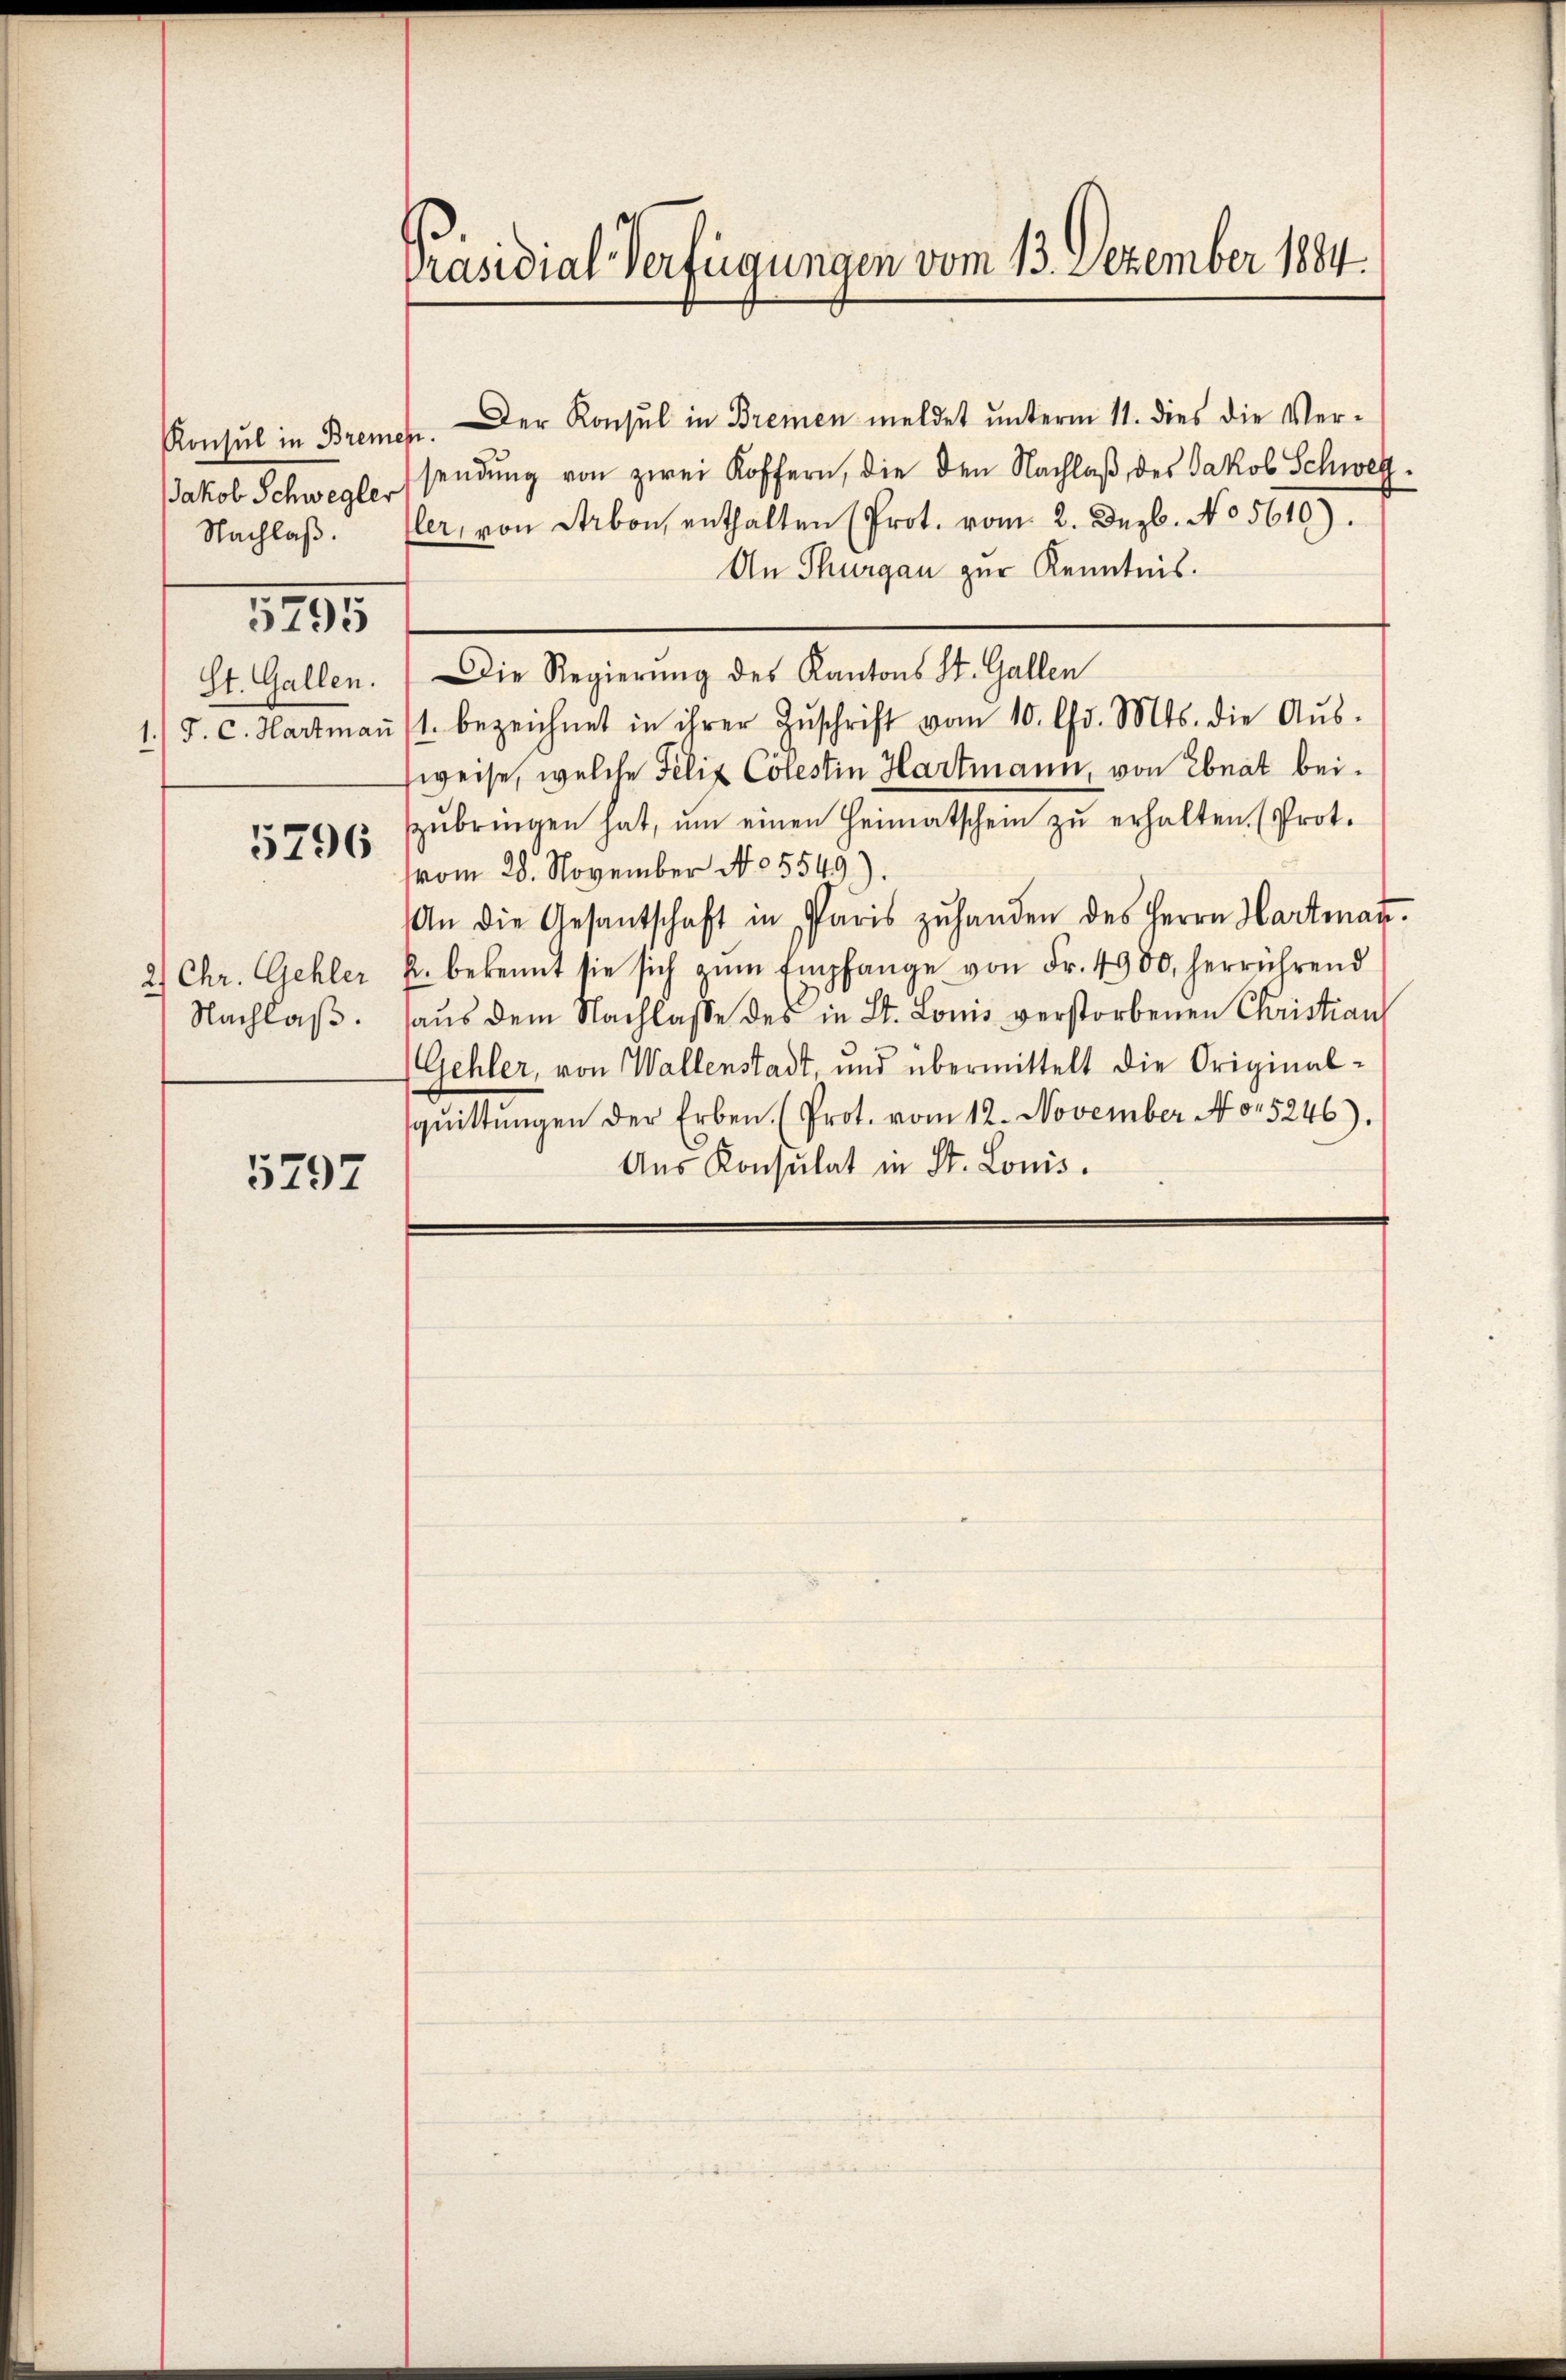
Konsul in Brem
Jakob Schwegler
Nachlaß.
5795
1.) J. C. Hartman

5296

21 Chr. Gehler
Nachlaß.

5797

Präsidial-Verfügungen vom 13. Dezember 1884.

Der Konsul in Bremen meldet ŭnterm 11. dies die Ver-
esendung von zwei Koffern, die den Nachlaß des Jakob Schweller, von Arbon, enthalten (Prot. vom 2. Dezb. No. 5610).
An Thurgau zur Kenntnis.
St. Gallen. Die Regierung des Kantons St. Gallen
1. bezeichnet in ihrer Zŭschrift vom 10. Chr. Mts. die Aŭs-
weise, welche Felix Cölestin Hartmann, von Ebnat beizŭbringen hat, ŭm einen Heimatschein zŭ erhalten. (Prot.
vom 28. November No. 5549)
An die Gesantschaft in Paris zŭ handen des Herrn Hartman
k. bekannt sie sich zŭm Empfange von Fr. 4900, herrührend
haus dem Nachlasse des in St. Louis verstorbenen Christian
Gehler, von Wallenstadt, und übermittelt die Original-
sqŭittŭngen der Erben (Prot. vom 12. November No. 5246).
Aŭs Konsulat in St. Lonis.